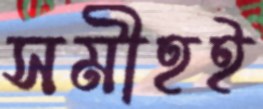
সমীহই